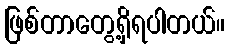
ဖြစ်တာတွေ့ရှိရပါတယ်။